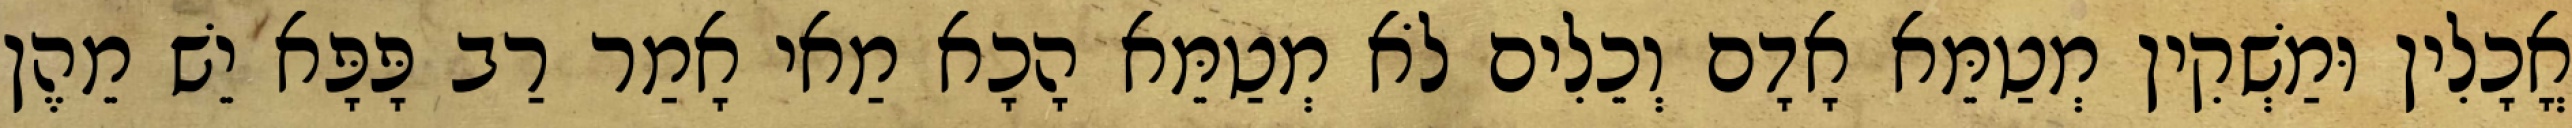
אֳכָלִין וּמַשְׁקִין מְטַמֵּא אָדָם וְכֵלִים לֹא מְטַמֵּא הָכָא מַאי אָמַר רַב פָּפָּא יֵשׁ מֵהֶן